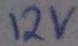
Text: 12v